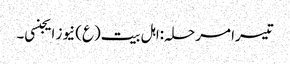
تیسرا مرحلہ:اہل بیت(ع) نیوز ایجنسی۔